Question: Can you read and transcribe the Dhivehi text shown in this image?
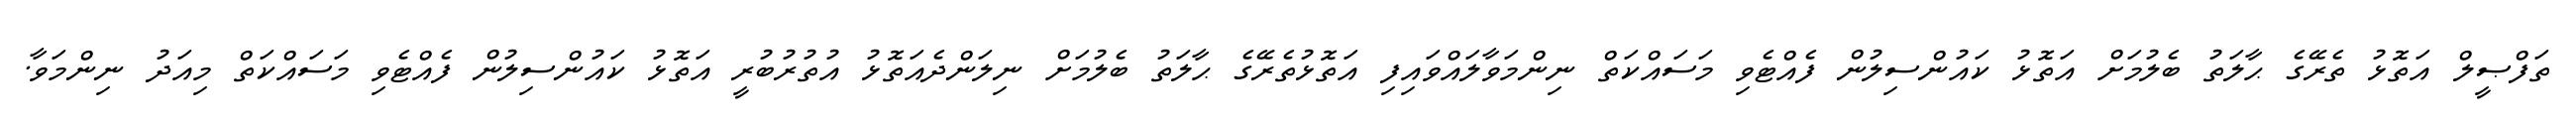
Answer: ތަފްޞީލް އަތޮޅު ތެރޭގެ ޙާލަތު ބެލުމަށް އަތޮޅު ކައުންސިލުން ފެއްޓެވި މަސައްކަތް ނިންމަވާލައްވައިފި އަތޮޅުތެރޭގެ ޙާލަތު ބެލުމަށް ނިލަންދެއަތޮޅު އުތުރުބުރީ އަތޮޅު ކައުންސިލުން ފެއްޓެވި މަސައްކަތް މިއަދު ނިންމަވާ.